Annual report on the Civil Veterinary Department, Burma (including the Insein Veterinary School) - 1910-1922
Year: 1910
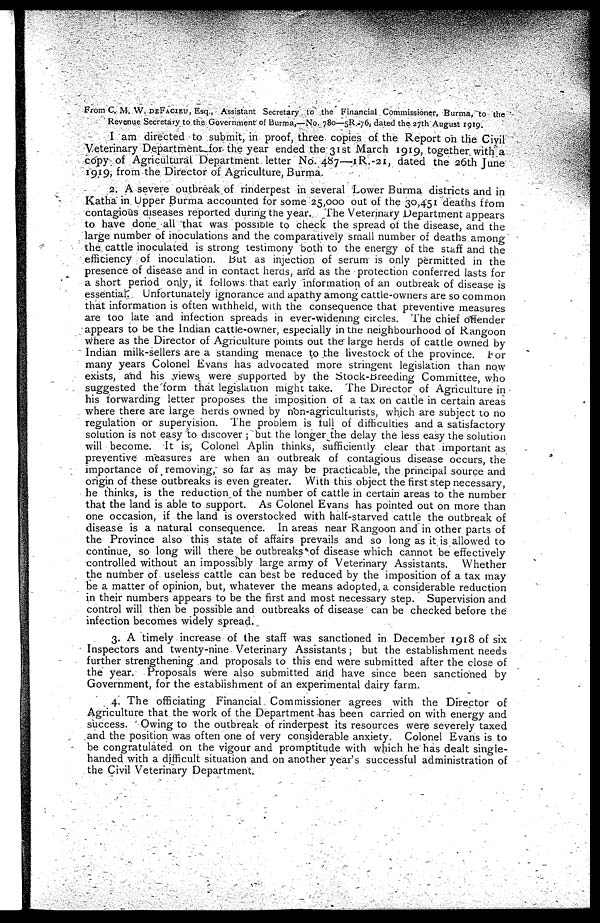
From C. M. W. DEFACIEU, Esq., Assistant Secretary to the Financial Commissioner, Burma, to the
Revenue Secretary to the Government of Burma,—No. 780—5R. 76, dated the 27th August 1919.
I am directed to submit, in proof, three copies of the Report on the Civil
Veterinary Department for the year ended the 31st March 1919, together with a
copy of Agricultural Department letter No. 487—1R.-21, dated the 26th June
1919, from the Director of Agriculture, Burma.
2. A severe outbreak of rinderpest in several Lower Burma districts and in
Katha in Upper Burma accounted for some 25,000 out of the 30,451 deaths from
contagious diseases reported during the year. The Veterinary Department appears
to have done all that was possible to check the spread of the disease, and the
large number of inoculations and the comparatively small number of deaths among
the cattle inoculated is strong testimony both to the energy of the staff and the
efficiency of inoculation. but as injection of serum is only permitted in the
presence of disease and in contact herds, and as the protection conferred lasts for
a short period only, it follows that early information of an outbreak of disease is
essential. Unfortunately ignorance and apathy among cattle-owners are so common
that information is often withheld, with the consequence that preventive measures
are too late and infection spreads in ever-widening circles. The chief offender
appears to be the Indian cattle-owner, especially in the neighbourhood of Rangoon
where as the Director of Agriculture points out the large herds of cattle owned by
Indian milk-sellers are a standing menace to the livestock of the province. For
many years Colonel Evans has advocated more stringent legislation than now
exists, and his yiews. were supported by the Stock-breeding Committee, who
suggested the form that legislation might take. The Director of Agriculture in
his forwarding letter proposes the imposition of a tax on cattle in certain areas
where there are large herds owned by non-agriculturists, which are subject to no
regulation or supervision. The problem is lull of difficulties and a satisfactory
solution is not easy to discover; but the longer the delay the less easy the solution
will become. It is, Colonel Aplin thinks, sufficiently clear that important as
preventive measures are when an outbreak of contagious disease occurs, the
importance of removing, so far as may be practicable, the principal source and
origin of these outbreaks is even greater. With this object the first step necessary,
he thinks, is the reduction of the number of cattle in certain areas to the number
that the land is able to support. As Colonel Evans has pointed out on more than
one occasion, if the land is overstocked with half-starved cattle the outbreak of
disease is a natural consequence. In areas near Rangoon and in other parts of
the Province also this state of affairs prevails and so long as it is allowed to
continue, so long will there be outbreaks of disease which cannot be effectively
controlled without an impossibly large army of Veterinary Assistants. Whether
the number of useless cattle can best be reduced by the imposition of a tax may
be a matter of opinion, but, whatever the means adopted, a considerable reduction
in their numbers appears to be the first and most necessary step. Supervision and
control will then be possible and outbreaks of disease can be checked before the
infection becomes widely spread.
3. A timely increase of the staff was sanctioned in December 1918 of six
Inspectors and twenty-nine Veterinary Assistants; but the establishment needs
further strengthening and proposals to this end were submitted after the close of
the year. Proposals were also submitted and have since been sanctioned by
Government, for the establishment of an experimental dairy farm.
4. The officiating Financial Commissioner agrees with the Director of
Agriculture that the work of the Department has been carried on with energy and
success. Owing to the outbreak of rinderpest its resources were severely taxed
and the position was often one of very considerable anxiety. Colonel Evans is to
be congratulated on the vigour and promptitude with which he has dealt single-
handed with a difficult situation and on another year's successful administration of
the Civil Veterinary Department.